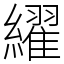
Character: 䌦